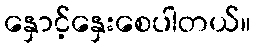
နှောင့်နှေးစေပါတယ်။